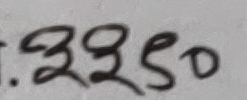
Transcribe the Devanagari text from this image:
३२९०